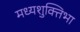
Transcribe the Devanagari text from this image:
मध्यशुक्तिभा